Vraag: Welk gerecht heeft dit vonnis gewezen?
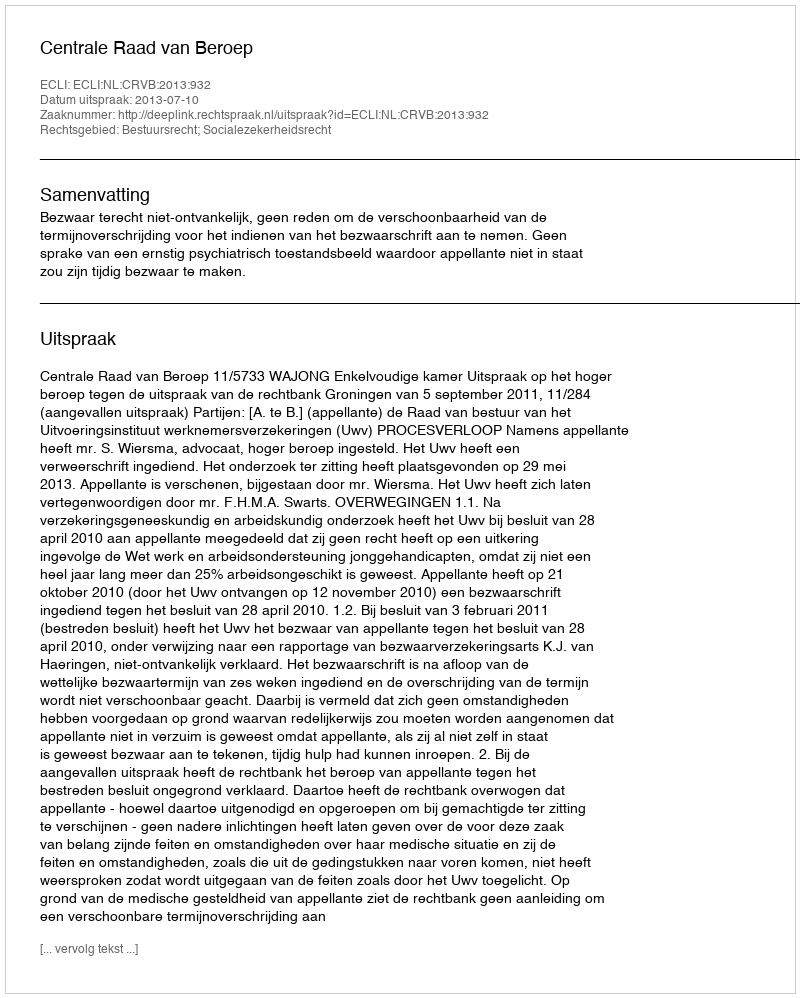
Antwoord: Centrale Raad van Beroep